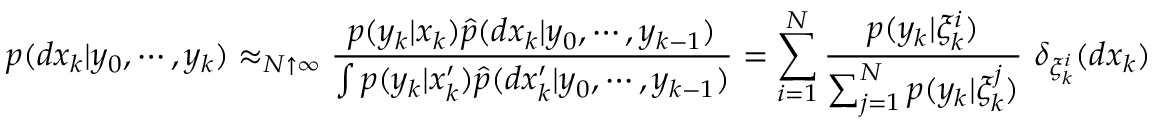
p ( d x _ { k } | y _ { 0 } , \cdots , y _ { k } ) \approx _ { N \uparrow \infty } { \frac { p ( y _ { k } | x _ { k } ) { \widehat { p } } ( d x _ { k } | y _ { 0 } , \cdots , y _ { k - 1 } ) } { \int p ( y _ { k } | x _ { k } ^ { \prime } ) { \widehat { p } } ( d x _ { k } ^ { \prime } | y _ { 0 } , \cdots , y _ { k - 1 } ) } } = \sum _ { i = 1 } ^ { N } { \frac { p ( y _ { k } | \xi _ { k } ^ { i } ) } { \sum _ { j = 1 } ^ { N } p ( y _ { k } | \xi _ { k } ^ { j } ) } } ~ \delta _ { \xi _ { k } ^ { i } } ( d x _ { k } )